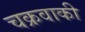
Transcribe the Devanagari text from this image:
चक्रवाकी